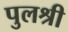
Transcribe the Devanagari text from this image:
पुलश्री